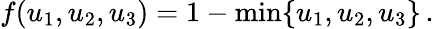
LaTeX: f(u_{1},u_{2},u_{3})=1-\operatorname*{min}\{ u_{1},u_{2},u_{3}\} \, .